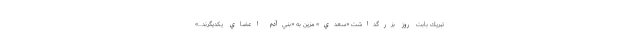
تبريك بابت روز بزرگداشت «سعدي» مزين به «بني‌آدم اعضاي يكديگرند....»